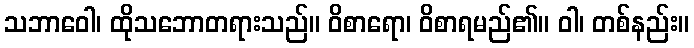
သဘာဝေါ၊ ထိုသဘောတရားသည်။ ဝိစာရော၊ ဝိစာရမည်၏။ ဝါ၊ တစ်နည်း။